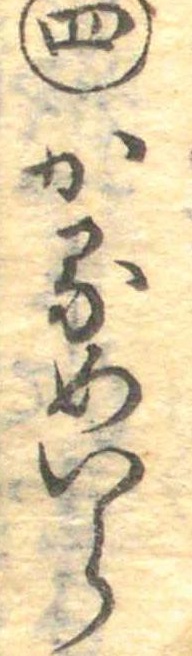
四かるめいら